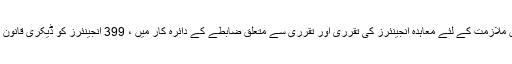
مکینیکل آپریشن ڈائریکٹوریٹ کے میکانائزڈ کھدائی منصوبوں میں ملازمت کے لئے معاہدہ انجینئرز کی تقرری اور تقرری سے متعلق ضابطے کے دائرہ کار میں ، 399 انجینئرز کو ڈیکری قانون نمبر 45 کے تحت معاہدہ کی حیثیت سے خریداری کی جائے گی۔